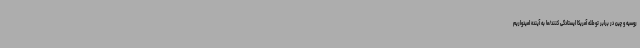
روسیه و چین در برابر توطئه آمریکا ایستادگی کنند/ما به آینده امیدواریم